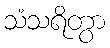
သံသရိတွာ